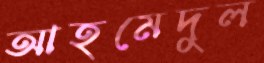
আহমেদুুল